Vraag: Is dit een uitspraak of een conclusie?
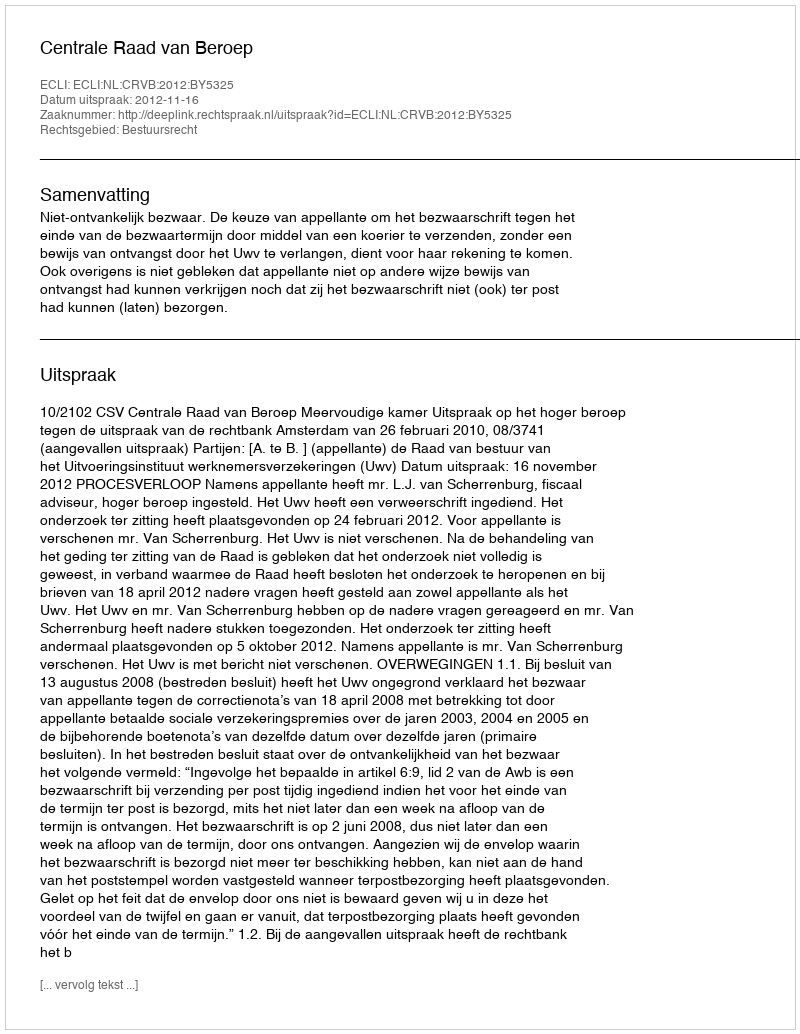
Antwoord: Uitspraak